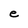
Character: e